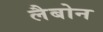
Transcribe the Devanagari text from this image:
लैबोन